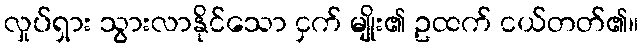
လှုပ်ရှား သွားလာနိုင်သော ငှက် မျိုး၏ ဥထက် ငယ်တတ်၏။